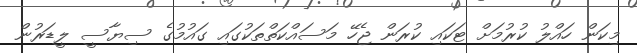
މިކަން ހައްލު ކުރުމަށް ޓަކައި ކުރަން ޖެހޭ މަސައްކަތްތަކުގައި ގައުމުގެ ސިޔާސީ ލީޑަރުން